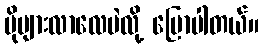
ပိုများလာလေပဲလို့ ပြောပါတယ်။